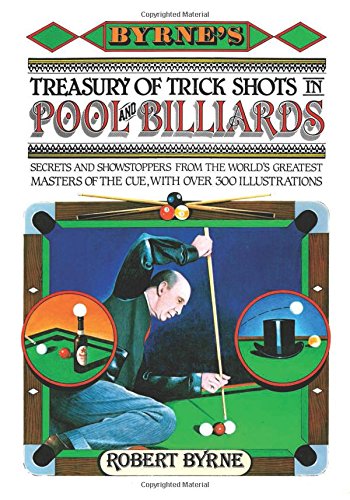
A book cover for Byrne's Treasury of Trick Shots in Pool and Billiards; Robert Byrne; Sports & Outdoors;